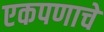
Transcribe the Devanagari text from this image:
एकपणाचे